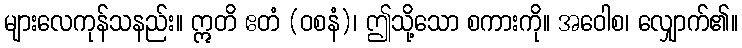
များလေကုန်သနည်း။ ဣတိ ဧတံ (ဝစနံ)၊ ဤသို့သော စကားကို။ အဝေါစ၊ လျှောက်၏။